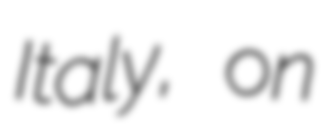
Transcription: Italy, on